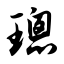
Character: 璁